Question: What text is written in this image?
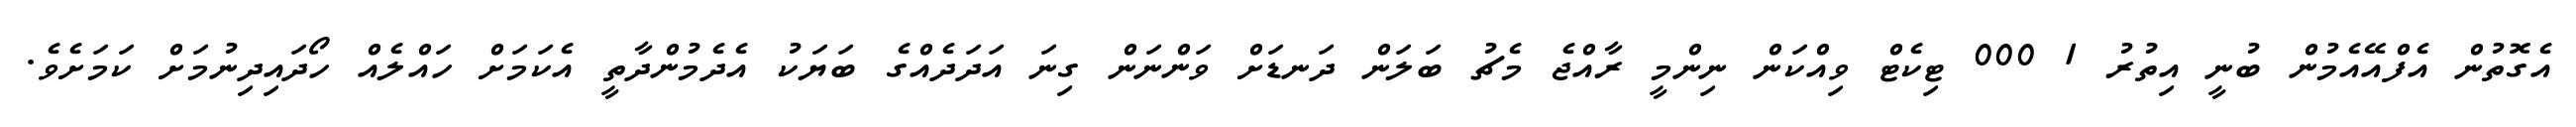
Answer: އެގޮތުން އެފްއޭއެމުން ބުނީ އިތުރު 1 000 ޓިކެޓް ވިއްކަން ނިންމީ ރާއްޖެ މެޗު ބަލަން ދަނޑަށް ވަންނަން ގިނަ އަދަދެއްގެ ބަޔަކު އެދެމުންދާތީ އެކަމަށް ހައްލެއް ހޯދައިދިނުމަށް ކަމަށެވެ.